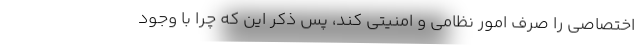
اختصاصی را صرف امور نظامی و امنیتی کند، پس ذکر این که چرا با وجود